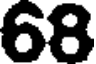
68